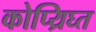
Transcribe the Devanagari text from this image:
कोप्य्रिघ्त